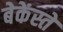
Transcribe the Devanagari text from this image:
बेकेंस्तें